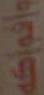
وافواكه